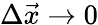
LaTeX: \Delta\vec{x}\rightarrow 0